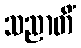
သညာတိံ